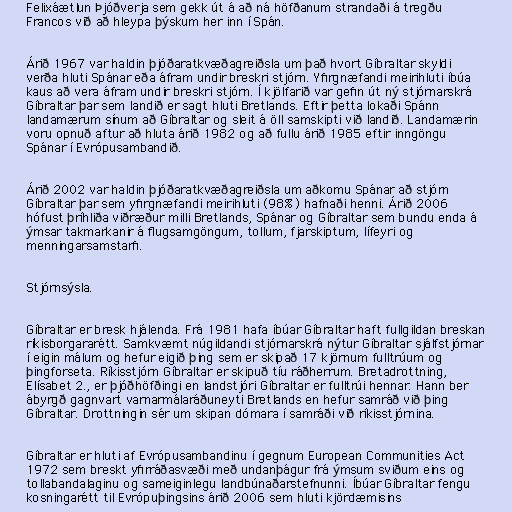
Felixáætlun Þjóðverja sem gekk út á að ná höfðanum strandaði á tregðu
Francos við að hleypa þýskum her inn í Spán.

Árið 1967 var haldin þjóðaratkvæðagreiðsla um það hvort Gíbraltar skyldi
verða hluti Spánar eða áfram undir breskri stjórn. Yfirgnæfandi meirihluti íbúa
kaus að vera áfram undir breskri stjórn. Í kjölfarið var gefin út ný stjórnarskrá
Gíbraltar þar sem landið er sagt hluti Bretlands. Eftir þetta lokaði Spánn
landamærum sínum að Gíbraltar og sleit á öll samskipti við landið. Landamærin
voru opnuð aftur að hluta árið 1982 og að fullu árið 1985 eftir inngöngu
Spánar í Evrópusambandið.

Árið 2002 var haldin þjóðaratkvæðagreiðsla um aðkomu Spánar að stjórn
Gíbraltar þar sem yfirgnæfandi meirihluti (98%) hafnaði henni. Árið 2006
hófust þríhliða viðræður milli Bretlands, Spánar og Gíbraltar sem bundu enda á
ýmsar takmarkanir á flugsamgöngum, tollum, fjarskiptum, lífeyri og
menningarsamstarfi.

Stjórnsýsla.

Gíbraltar er bresk hjálenda. Frá 1981 hafa íbúar Gíbraltar haft fullgildan breskan
ríkisborgararétt. Samkvæmt núgildandi stjórnarskrá nýtur Gíbraltar sjálfstjórnar
í eigin málum og hefur eigið þing sem er skipað 17 kjörnum fulltrúum og
þingforseta. Ríkisstjórn Gíbraltar er skipuð tíu ráðherrum. Bretadrottning,
Elísabet 2., er þjóðhöfðingi en landstjóri Gíbraltar er fulltrúi hennar. Hann ber
ábyrgð gagnvart varnarmálaráðuneyti Bretlands en hefur samráð við þing
Gíbraltar. Drottningin sér um skipan dómara í samráði við ríkisstjórnina.

Gíbraltar er hluti af Evrópusambandinu í gegnum European Communities Act
1972 sem breskt yfirráðasvæði með undanþágur frá ýmsum sviðum eins og
tollabandalaginu og sameiginlegu landbúnaðarstefnunni. Íbúar Gíbraltar fengu
kosningarétt til Evrópuþingsins árið 2006 sem hluti kjördæmisins